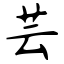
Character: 芸